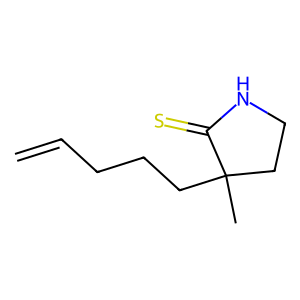
SMILES: C=CCCCC1(C)CCNC1=S
Inhibits HIV replication: No